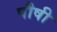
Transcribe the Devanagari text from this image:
पौषी